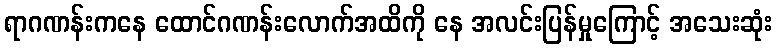
ရာဂဏန်းကနေ ထောင်ဂဏန်းလောက်အထိကို နေ အလင်းပြန်မှုကြောင့် အသေးဆုံး